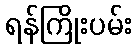
ရန်ကြိုးပမ်း